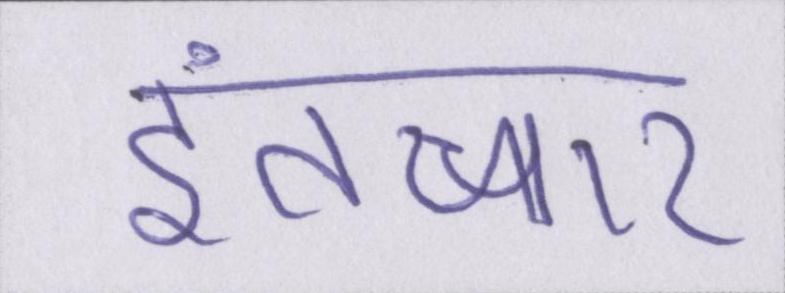
इंतज़ार